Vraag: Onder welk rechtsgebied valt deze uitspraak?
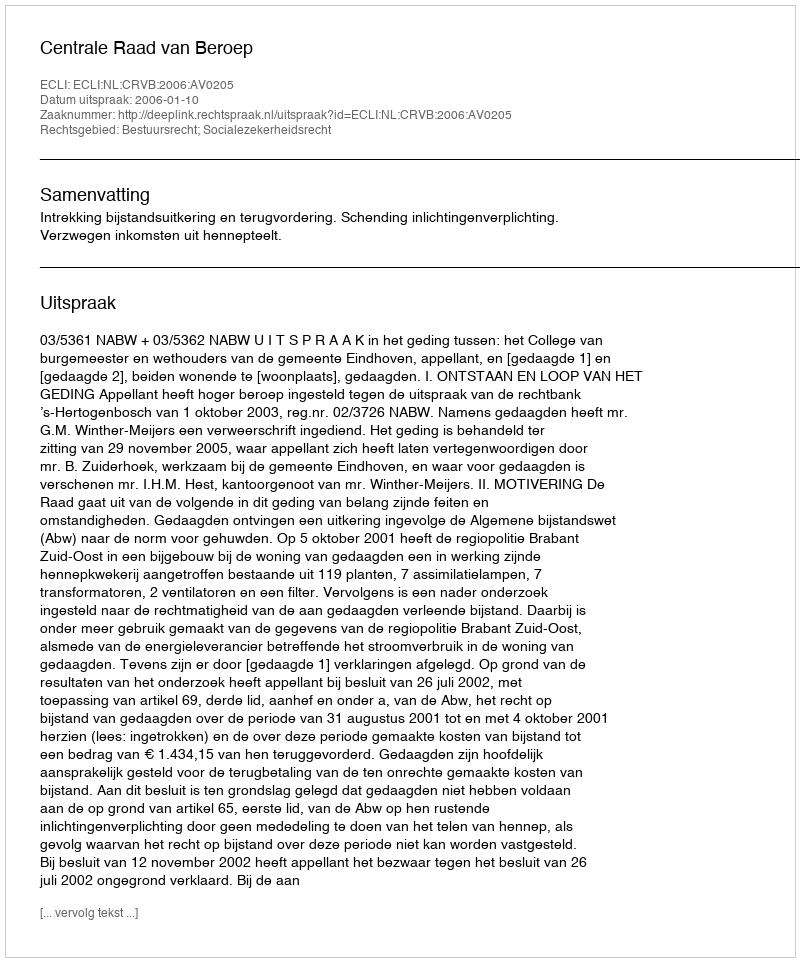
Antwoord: Bestuursrecht; Socialezekerheidsrecht